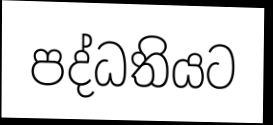
පද්ධතියට